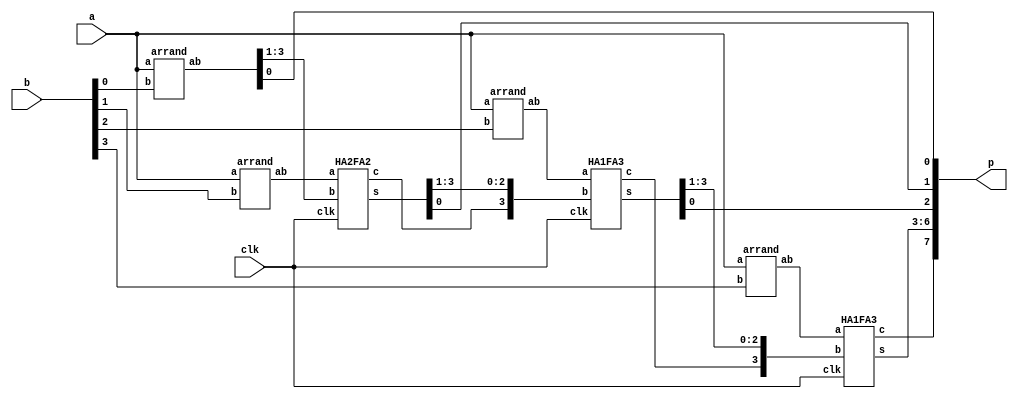
module MPY(clk, a, b, p);
    input clk;
    input [3:0] a, b;
    output [7:0] p;
    wire [3:0] ab0, ab1, ab2, ab3;
    wire [2:0] carry;
    wire [3:0] s0, s1, s2;

    arrand and0(a, b[0], ab0);
    arrand and1(a, b[1], ab1);
    arrand and2(a, b[2], ab2);
    arrand and3(a, b[3], ab3);

    HA2FA2 HA2FA2_u1(clk, ab1, ab0[3:1], carry[0], s0);
    HA1FA3 HA1FA3_u1(clk, ab2, {carry[0],s0[3:1]}, carry[1], s1);
    HA1FA3 HA1FA3_u2(clk, ab3, {carry[1],s1[3:1]}, carry[2], s2);

    assign p[0] = ab0[0];
    assign p[1] = s0[0];
    assign p[2] = s1[0];
    assign p[6:3] = s2;
    assign p[7] = carry[2];
endmodule

module arrand(a, b, ab);
    input [3:0] a;
    input b;
    output [3:0] ab;

    assign ab[0] = a[0] & b;
    assign ab[1] = a[1] & b;
    assign ab[2] = a[2] & b;
    assign ab[3] = a[3] & b;
endmodule

module FA(clk, a, b, cin, s, c);
    input clk;
    input a, b, cin;
    output  reg s, c;
    always @(posedge clk) begin
        s <= (a ^ b ^ cin);
        c <= ( a & b ) + ( b & cin ) + ( cin & a );
    end
endmodule

module HA(clk, a, b, s, c);
    input clk;
    input a, b;
    output  reg s, c;
    always @(posedge clk) begin
        s <=  a ^ b ;
        c <=  a & b ;
    end
endmodule

module HA1FA3(clk, a, b, c, s);
    input clk;
    input [3:0] a, b;
    output c;
    output [3:0] s;
    wire [3:0] carry;

    HA HA1(clk, a[0], b[0], s[0], carry[0]);
    FA FA1(clk, a[1], b[1], carry[0], s[1], carry[1]);
    FA FA2(clk, a[2], b[2], carry[1], s[2], carry[2]);
    FA FA3(clk, a[3], b[3], carry[2], s[3], carry[3]);

    assign c = carry[3];
endmodule

module HA2FA2(clk, a, b, c, s);
    input clk;
    input [3:0] a;
    input [2:0] b;
    output c;
    output [3:0] s;

    wire [3:0] carry;

    HA HA1(clk, a[0], b[0], s[0], carry[0]);
    FA FA1(clk, a[1], b[1], carry[0], s[1], carry[1]);
    FA FA2(clk, a[2], b[2], carry[1], s[2], carry[2]);
    HA HA2(clk, a[3], carry[2], s[3], carry[3]);

    assign c = carry[3];
endmodule